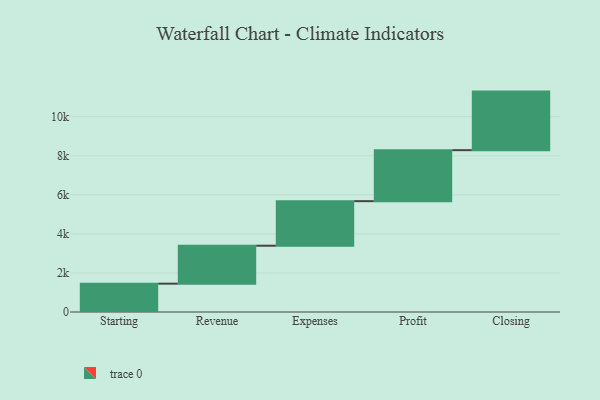
{"axis": {"x": "Step", "y": "Value"}, "legend": [""], "data": [{"x": "Starting", "y": 1451.0, "type": ""}, {"x": "Revenue", "y": 1944.0, "type": ""}, {"x": "Expenses", "y": 2283.0, "type": ""}, {"x": "Profit", "y": 2612.0, "type": ""}, {"x": "Closing", "y": 3000, "type": ""}]}